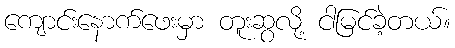
ကျောင်းနောက်ဖေးမှာ တူးဆွလို့ ငါမြင်ခဲ့တယ်။